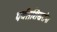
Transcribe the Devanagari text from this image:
पर्वतशिखरांना